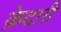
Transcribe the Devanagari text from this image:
क़ेदारी